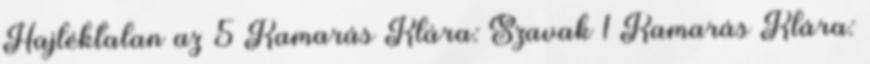
Hajléktalan az 5 Kamarás Klára: Szavak 1 Kamarás Klára: